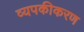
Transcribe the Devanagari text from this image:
व्यपकीकरण